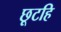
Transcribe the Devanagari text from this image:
छूटहि